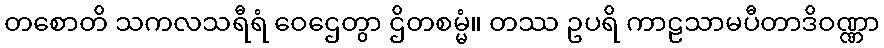
တစောတိ သကလသရီရံ ဝေဌေတွာ ဌိတစမ္မံ။ တဿ ဥပရိ ကာဠသာမပီတာဒိဝဏ္ဏာ